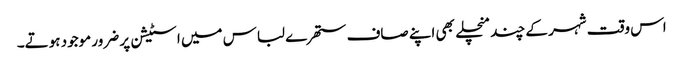
اس وقت شہر کے چند منچلے بھی اپنے صاف ستھرے لباس میں اسٹیشن پر ضرور موجود ہوتے۔